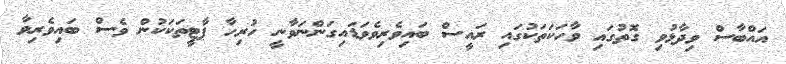
އައްބާސް ވިދާޅުވި ގޮތުގައި ވާހަކަތަކުގައި ރައީސް ބައިވެރިވެވަޑައިގަންނަވާނީ ހުރިހާ ޕާޓީތަކަކުން ވެސް ބައިވެރިވާ